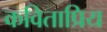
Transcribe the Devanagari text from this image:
कविताप्रिय